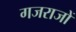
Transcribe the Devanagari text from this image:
गजराजों